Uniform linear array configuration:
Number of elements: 48
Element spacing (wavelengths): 1
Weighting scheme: exponential
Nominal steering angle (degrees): -45
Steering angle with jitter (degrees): -45.028
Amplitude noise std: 0.05
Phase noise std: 0.05

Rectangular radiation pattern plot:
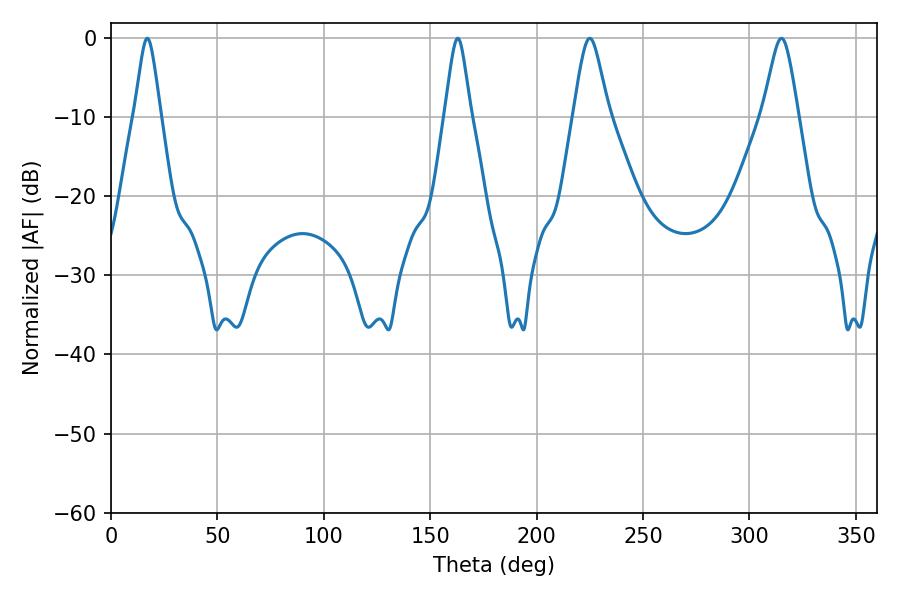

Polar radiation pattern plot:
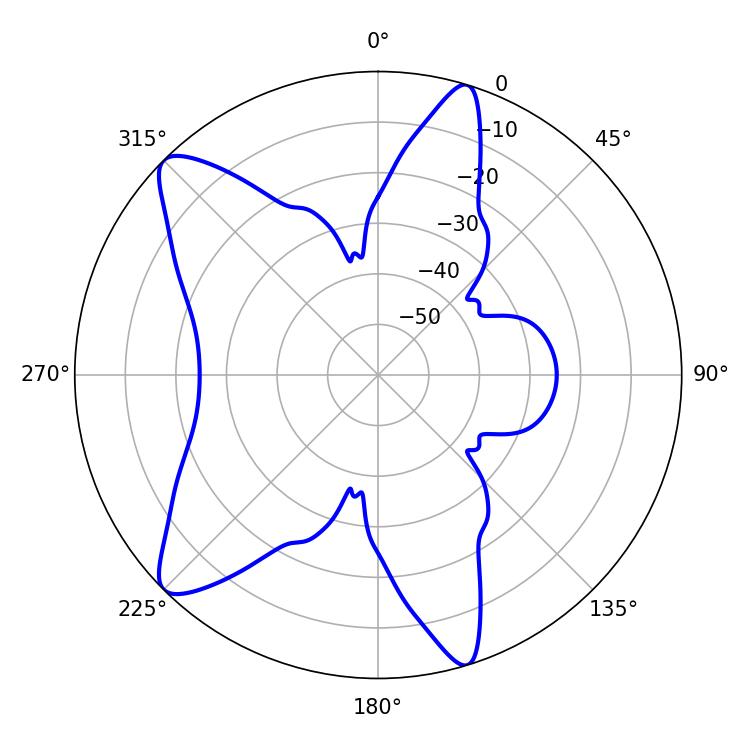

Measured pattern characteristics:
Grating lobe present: TRUE
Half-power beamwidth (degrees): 8.1
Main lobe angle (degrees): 225